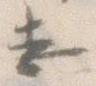
し